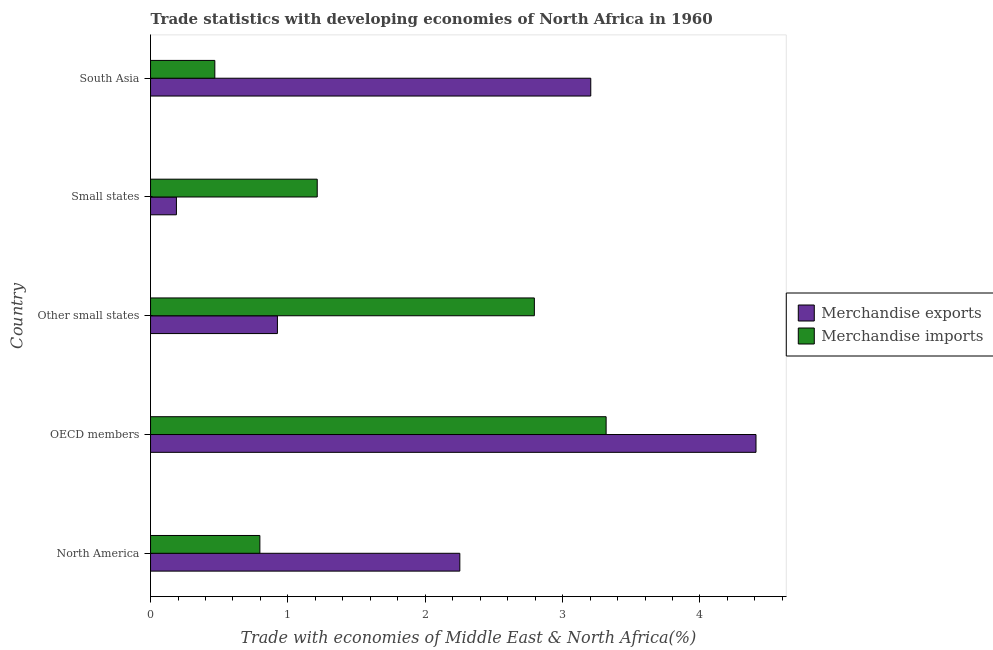
| Country | Merchandise exports | Merchandise imports |
 | --- | --- | --- |
 | North America | 2.25 | 0.796 |
 | OECD members | 4.41 | 3.32 |
 | Other small states | 0.924 | 2.79 |
 | Small states | 0.188 | 1.21 |
 | South Asia | 3.21 | 0.468 |